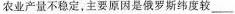
农业产量不稳定，主要原因是俄罗斯纬度较___